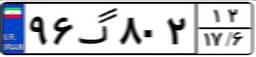
۹۶گ۸۰۲۱۲